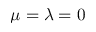
\mu = \lambda = 0